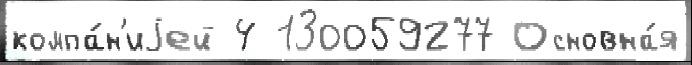
компа́н'иjей 4 130059277 Основна́я